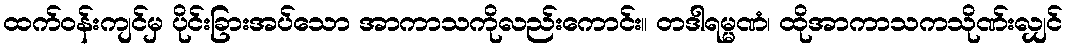
ထက်ဝန်းကျင်မှ ပိုင်းခြားအပ်သော အာကာသကိုလည်းကောင်း။ တဒါရမ္မဏံ၊ ထိုအာကာသကသိုဏ်းလျှင်